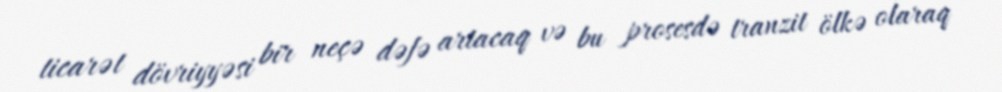
ticarət dövriyyəsi bir neçə dəfə artacaq və bu prosesdə tranzit ölkə olaraq